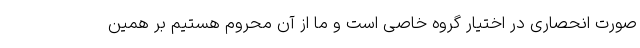
صورت انحصاری در اختیار گروه خاصی است و ما از آن محروم هستیم بر همین